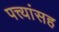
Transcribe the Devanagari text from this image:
पत्त्यांसह